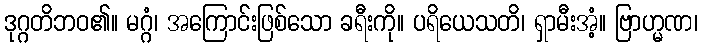
ဒုဂ္ဂတိဘဝ၏။ မဂ္ဂံ၊ အကြောင်းဖြစ်သော ခရီးကို။ ပရိယေသတိ၊ ရှာမီးအံ့။ ဗြာဟ္မဏ၊